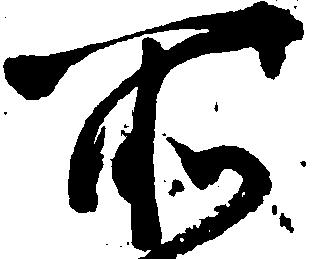
所